Civil Veterinary Department. Madras. Admin. report 1926-33 - 1926-1933
Year: 1926
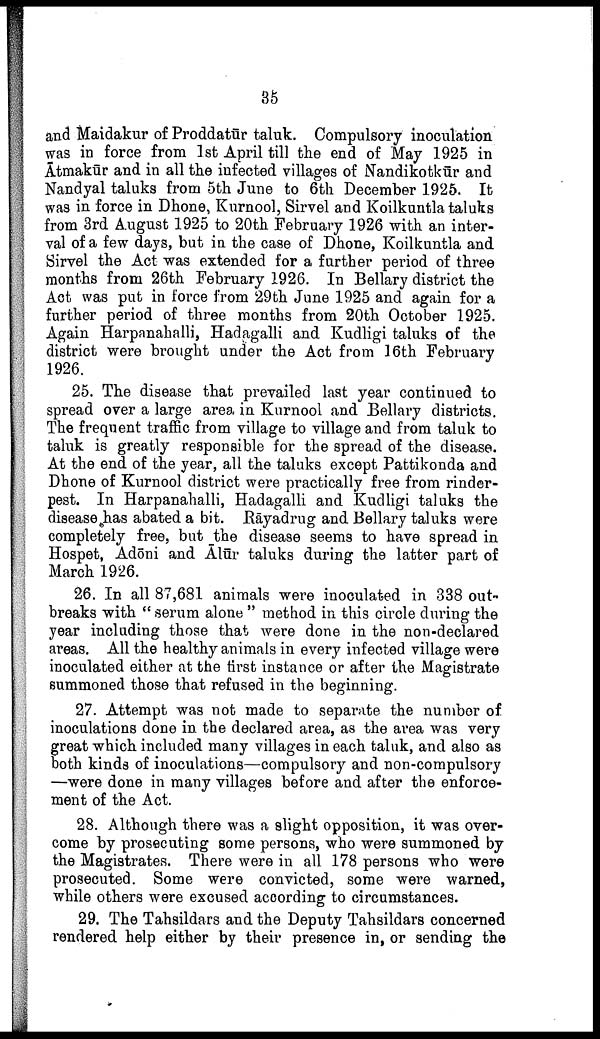
35
and Maidakur of Proddatūr taluk. Compulsory inoculation
was in force from 1st April till the end of May 1925 in
Ātmakūr and in all the infected villages of Nandikotkūr and
Nandyal taluks from 5th June to 6th December 1925. It
was in force in Dhone, Kurnool, Sirvel and Koilkuntla taluks
from 3rd August 1925 to 20th February 1926 with an inter
val of a few days, but in the case of Dhone, Koilkuntla and
Sirvel the Act was extended for a further period of three
months from 26th February 1926. In Bellary district the
Act was put in force from 29th June 1925 and again for a
further period of three months from 20th October 1925.
Again Harpanahalli, Hadagalli and Kudligi taluks of the
district were brought under the Act from 16th February
1926.
25. The disease that prevailed last year continued to
spread over a large area in Kurnool and Bellary districts.
The frequent traffic from village to village and from taluk to
taluk is greatly responsible for the spread of the disease.
At the end of the year, all the taluks except Pattikonda and
Dhone of Kurnool district were practically free from rinder
pest. In Harpanahalli, Hadagalli and Kudligi taluks the
disease has abated a bit. Rāyadrug and Bellary taluks were
completely free, but the disease seems to have spread in
Hospet, Adōni and Ālūr taluks during the latter part of
March 1926.
26. In all 87,681 animals were inoculated in 338 out
breaks with " serum alone " method in this circle during the
year including those that were done in the non-declared
areas. All the healthy animals in every infected village were
inoculated either at the first instance or after the Magistrate
summoned those that refused in the beginning.
27. Attempt was not made to separate the number of
inoculations done in the declared area, as the area was very
great which included many villages in each taluk, and also as
both kinds of inoculations—compulsory and non-compulsory
—were done in many villages before and after the enforce
ment of the Act.
28. Although there was a slight opposition, it was over
come by prosecuting some persons, who were summoned by
the Magistrates. There were in all 178 persons who were
prosecuted. Some were convicted, some were warned,
while others were excused according to circumstances.
29. The Tahsildars and the Deputy Tahsildars concerned
rendered help either by their presence in, or sending the